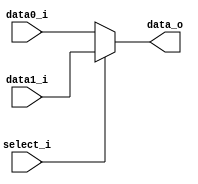
`timescale 1ns/1ps

module MUX_2to1(
    input       [32-1:0] data0_i,
    input       [32-1:0] data1_i,
    input                select_i,
    output reg  [32-1:0] data_o
);

always@(*) begin
    data_o <= (select_i==1'b0)?data0_i:data1_i;
end

endmodule